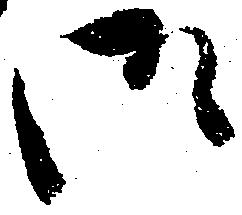
御